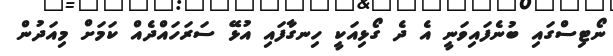
ނޯޓިސްގައި ބުނެފައިވަނީ އެ ދެ ގޯޅިއަކީ ހިނގާފައި އުޅޭ ސަރަހައްދެއް ކަމަށް މިއަދުން